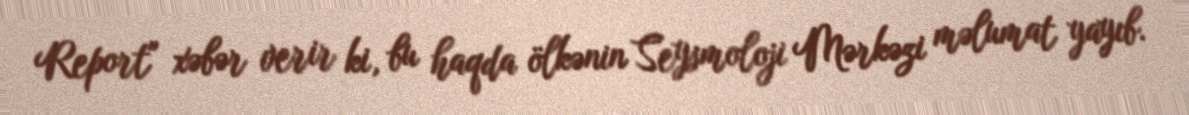
Report" xəbər verir ki, bu haqda ölkənin Seysmoloji Mərkəzi məlumat yayıb.